Indian journal of veterinary science and animal husbandry - Volume 13,
Year: 1943
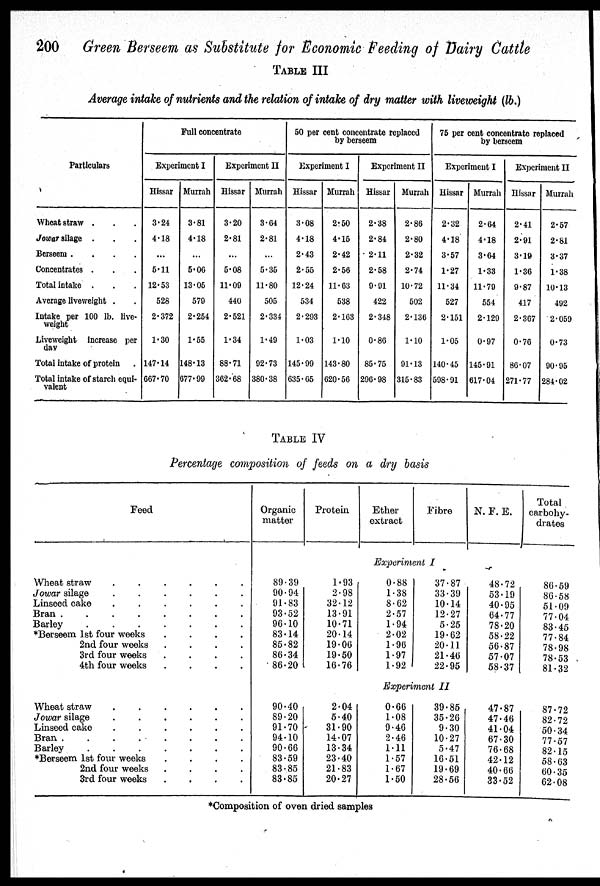
200 Green Berseem as Substitute for Economic Feeding of Dairy Cattle
TABLE III
Average intake of nutrients and the relation of intake of dry matter with liveweight (lb.)
Particulars
Wheat straw . . .
Jowar silage . . .
Berseem .
.
.
.
Concentrates . . .
Total intake . . .
Average liveweight . .
Intake per 100 lb. live-
weight
Liveweight increase per
day
Total intake of protein .
Total intake of starch equi-
valent
Full concentrate
Experiment I
Hissar
3.24
4.18
...
5.11
12.53
528
2.372
1.30
147.14
667.70
Murrah
3.81
4.18
...
5.06
13.05
579
2.254
1.55
148.13
677.99
Experiment II
Hissar
3.20
2.81
...
5.08
11.09
440
2.521
1.34
88.71
362.68
Murrah
3.64
2.81
...
5.35
11.80
505
2.334
1.49
92.73
380.38
50 per cent concentrate replaced
by berseem
Experiment I
Hissar
3.08
4.18
2.43
2.55
12.24
534
2.293
1.03
145.99
635.65
Murrah
2.50
4.15
2.42
2.56
11.63
538
2.163
1.10
143.80
620.56
Experiment II
Hissar
2.38
2.84
2.11
2.58
9.91
422
2.348
0.86
85.75
296.98
Murrah
2.86
2.80
2.32
2.74
10.72
502
2.136
1.10
91.13
315.83
75 per cent concentrate replaced
by berseem
Experiment I
Hissar
2.32
4.18
3.57
1.27
11.34
527
2.151
1.05
140.45
598.91
Murrah
2.64
4.18
3.64
1.33
11.79
554
2.129
0.97
145.91
617.04
Experiment II
Hissar
2.41
2.91
3.19
1.36
9.87
417
2.367
0.76
86.07
271.77
Murrah
2.57
2.81
3.37
1.38
10.13
492
2.059
0.73
90.95
284.02
TABLE IV
Percentage composition of feeds on a dry basis
Feed
Wheat straw
.
.
.
.
.
.
Jowar silage
Linseed cake
.
.
.
.
.
.
Bran .
.
.
.
.
.
.
.
Barley
.
.
.
.
.
.
.
*Berseem 1st four weeks
.
.
.
.
2nd four weeks
.
.
.
.
3rd four weeks
.
.
.
.
4th four weeks
.
.
.
.
Wheat straw
.
.
.
.
.
.
Jowar silage
.
.
.
.
.
.
Linseed cake
.
.
.
.
.
.
Bran
Barley
*Berseem 1st four weeks
.
.
.
.
2nd four weeks
.
.
.
.
3rd four weeks
.
.
.
.
Organic
matter
89.39
90.94
91.83
93.52
96.10
83.14
85.82
86.34
86.20
90.40
89.20
91.70
94.10
90.66
83.59
83.85
83.85
Protein
1.93
2.98
32.12
13.91
10.71
20.14
19.06
19.50
16.76
2.04
5.40
31.90
14.07
13.34
23.40
21.83
20.27
Ether
extract
Fibre
Experiment I
0.88
1.38
8.62
2.57
1.94
2.02
1.96
1.97
1.92
37.87
33.39
10.14
12.27
5.25
19.62
20.11
21.46
22.95
Experiment
II
0.66
1.08
9.46
2.46
1.11
1.57
1.67
1.50
39.85
35.26
9.30
10.27
5.47
16.51
19.69
28.56
N. F. E.
48.72
53.19
40.95
64.77
78.20
58.22
56.87
57.07
58.37
47.87
47.46
41.04
67.30
76.68
42.12
40.66
33.52
Total
carbohy-
drates
86.59
86.58
51.09
77.04
83.45
77.84
78.98
78.53
81.32
87.72
82.72
50.34
77.57
82.15
58.63
60.35
62.08
*Composition of oven dried samples